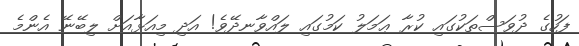
ފަހުގެ ދުވަސްތަކުގައި ކުރާ ޢަމަލު ކަމުގައި ލައްވާނދޭވެ! އަދި މިއަޅާއަށް ލިބޭނޭ އެންމެ